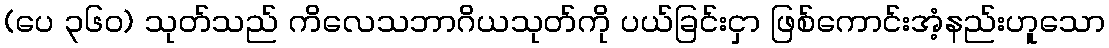
(ပေ ၃၆၀) သုတ်သည် ကိလေသဘာဂိယသုတ်ကို ပယ်ခြင်းငှာ ဖြစ်ကောင်းအံ့နည်းဟူသော